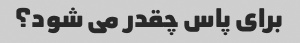
برای پاس چقدر می شود؟